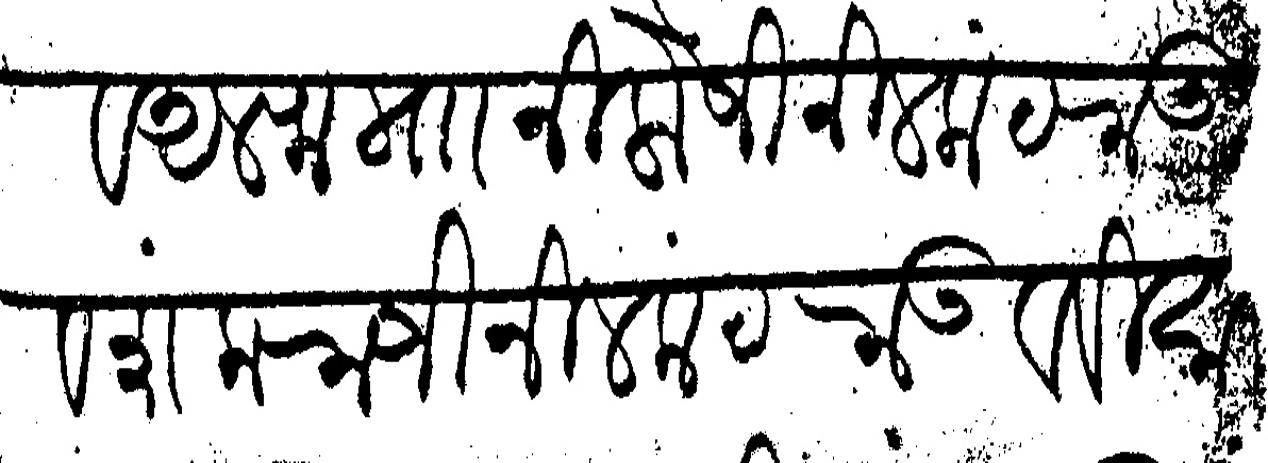
Transliteration (Devanagari): व अलफ माा निलोजी नीलकंठराऊ व शंकराजी नीलकंठराऊ व विसाजी